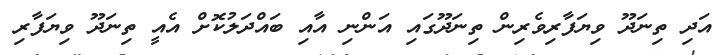
އަދި ތިނަދޫ ވިޔަފާރިވެރިން ތިނަދޫގައި އަންނި އާއި ބައްދަލުކޮށް އެއީ ތިނަދޫ ވިޔަފާރި